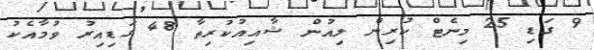
9 ގަޑި 25 މިނެޓް ކުރިން ލިއުން ޝާއިއުކުރިތާ 48 ގަޑިއިރު ވުމާއެކު